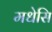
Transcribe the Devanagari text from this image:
मधेसि